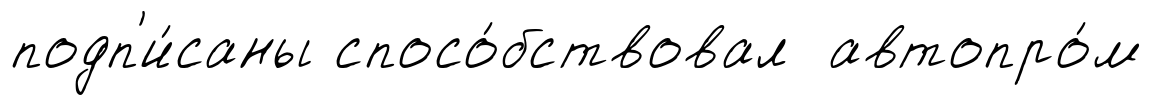
подп'и́саны спосо́бствовал автопро́м